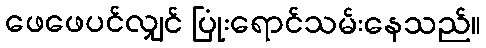
ဖေဖေပင်လျှင် ပြုံးရောင်သမ်းနေသည်။